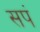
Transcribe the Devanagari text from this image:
सपं